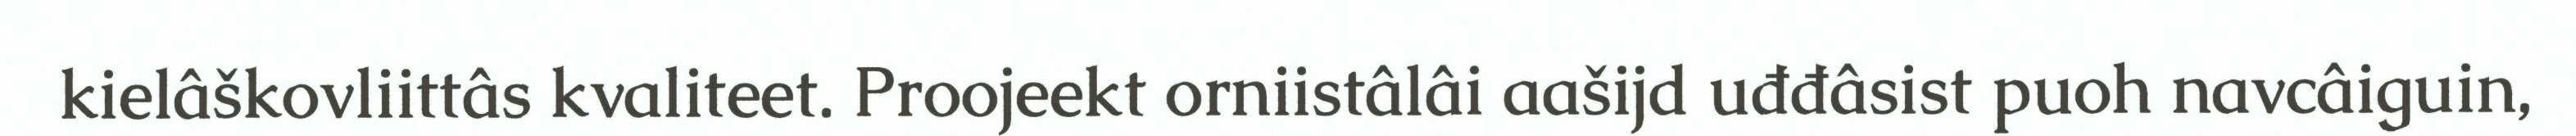
kielâškovliittâs kvaliteet. Proojeekt orniistâlâi aašijd uđđâsist puoh navcâiguin,